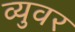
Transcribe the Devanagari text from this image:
व्युवर